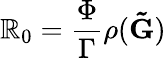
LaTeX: \mathbb{R}_{0}=\frac{{\Phi}}{{\Gamma}}\rho(\mathbf{{\tilde{{G}}}})